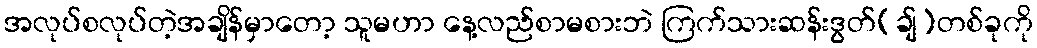
အလုပ်စလုပ်တဲ့အချိန်မှာတော့ သူမဟာ နေ့လည်စာမစားဘဲ ကြက်သားဆန်းဒွတ်(ချ်)တစ်ခုကို